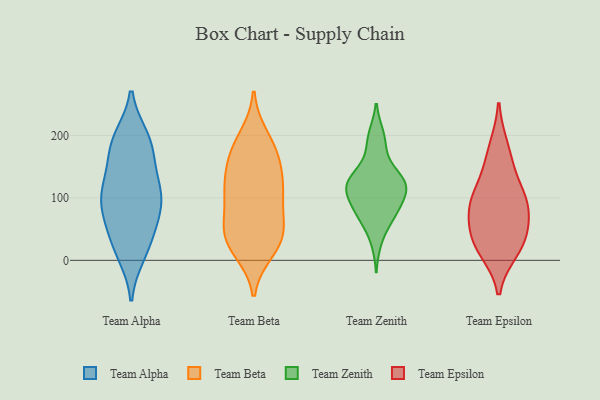
{"axis": {"x": "Website Visitors", "y": "Value"}, "legend": ["Team Alpha", "Team Beta", "Team Epsilon", "Team Zenith"], "data": [{"x": "", "y": 47, "type": "Team Alpha"}, {"x": "", "y": 106, "type": "Team Alpha"}, {"x": "", "y": 109, "type": "Team Alpha"}, {"x": "", "y": 186, "type": "Team Alpha"}, {"x": "", "y": 196, "type": "Team Alpha"}, {"x": "", "y": 80, "type": "Team Alpha"}, {"x": "", "y": 15, "type": "Team Alpha"}, {"x": "", "y": 119, "type": "Team Alpha"}, {"x": "", "y": 160, "type": "Team Alpha"}, {"x": "", "y": 128, "type": "Team Alpha"}, {"x": "", "y": 10, "type": "Team Alpha"}, {"x": "", "y": 195, "type": "Team Alpha"}, {"x": "", "y": 181, "type": "Team Alpha"}, {"x": "", "y": 81, "type": "Team Alpha"}, {"x": "", "y": 31, "type": "Team Alpha"}, {"x": "", "y": 69, "type": "Team Alpha"}, {"x": "", "y": 101, "type": "Team Alpha"}, {"x": "", "y": 118, "type": "Team Beta"}, {"x": "", "y": 129, "type": "Team Beta"}, {"x": "", "y": 174, "type": "Team Beta"}, {"x": "", "y": 196, "type": "Team Beta"}, {"x": "", "y": 167, "type": "Team Beta"}, {"x": "", "y": 93, "type": "Team Beta"}, {"x": "", "y": 32, "type": "Team Beta"}, {"x": "", "y": 47, "type": "Team Beta"}, {"x": "", "y": 49, "type": "Team Beta"}, {"x": "", "y": 49, "type": "Team Beta"}, {"x": "", "y": 112, "type": "Team Beta"}, {"x": "", "y": 170, "type": "Team Beta"}, {"x": "", "y": 28, "type": "Team Beta"}, {"x": "", "y": 17, "type": "Team Beta"}, {"x": "", "y": 110, "type": "Team Beta"}, {"x": "", "y": 119, "type": "Team Zenith"}, {"x": "", "y": 105, "type": "Team Zenith"}, {"x": "", "y": 106, "type": "Team Zenith"}, {"x": "", "y": 76, "type": "Team Zenith"}, {"x": "", "y": 123, "type": "Team Zenith"}, {"x": "", "y": 114, "type": "Team Zenith"}, {"x": "", "y": 137, "type": "Team Zenith"}, {"x": "", "y": 99, "type": "Team Zenith"}, {"x": "", "y": 31, "type": "Team Zenith"}, {"x": "", "y": 196, "type": "Team Zenith"}, {"x": "", "y": 128, "type": "Team Zenith"}, {"x": "", "y": 69, "type": "Team Zenith"}, {"x": "", "y": 200, "type": "Team Zenith"}, {"x": "", "y": 133, "type": "Team Zenith"}, {"x": "", "y": 128, "type": "Team Zenith"}, {"x": "", "y": 72, "type": "Team Zenith"}, {"x": "", "y": 73, "type": "Team Zenith"}, {"x": "", "y": 172, "type": "Team Zenith"}, {"x": "", "y": 92, "type": "Team Epsilon"}, {"x": "", "y": 103, "type": "Team Epsilon"}, {"x": "", "y": 180, "type": "Team Epsilon"}, {"x": "", "y": 29, "type": "Team Epsilon"}, {"x": "", "y": 90, "type": "Team Epsilon"}, {"x": "", "y": 30, "type": "Team Epsilon"}, {"x": "", "y": 149, "type": "Team Epsilon"}, {"x": "", "y": 47, "type": "Team Epsilon"}, {"x": "", "y": 17, "type": "Team Epsilon"}, {"x": "", "y": 85, "type": "Team Epsilon"}]}